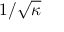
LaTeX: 1 / { \sqrt { \kappa } }